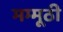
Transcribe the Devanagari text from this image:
मम्मूठी